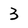
Character: 3